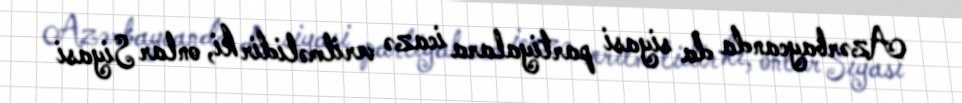
Azərbaycanda da siyasi partiyalara icazə verilməlidir ki, onlar Siyasi